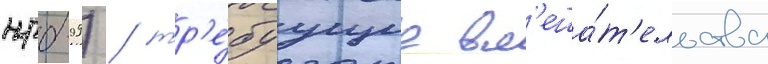
нрб-99) / тр'е́буущие вм'еша́т'ельства